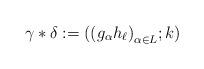
LaTeX: \begin{align*}\gamma \ast \delta : = ({(g_\alpha h_{\ell})}_{\alpha\in L}; k )\end{align*}